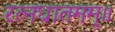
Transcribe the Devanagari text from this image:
रत्नधातमम्॥